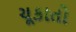
ચૂકાતો